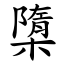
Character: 㯐